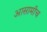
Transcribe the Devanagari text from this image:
आसामीच